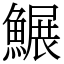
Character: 䱼